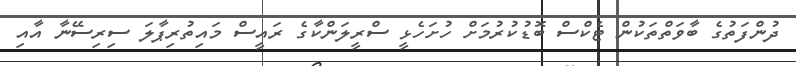
ދުންފަތުގެ ބާވަތްތަކުން ޓެކްސް ބޮޑުކުރުމަށް ހުށަހެޅީ ސްރީލަންކާގެ ރައީސް މައިތުރިޕާލަ ސިރިސޭނާ އާއި